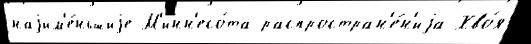
наjим'е́ньшиjе М'инн'есо́та распростран'е́н'иjа Хво́я